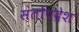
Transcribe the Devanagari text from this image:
संतोपदेश